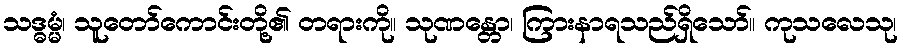
သဒ္ဓမ္မံ၊ သူတော်ကောင်းတို့၏ တရားကို။ သုဏန္တော၊ ကြားနာရသည်ရှိသော်။ ကုသလေသု၊